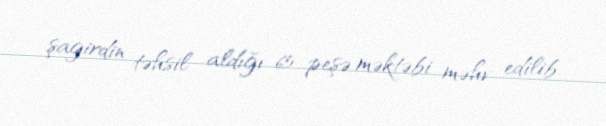
şagirdin təhsil aldığı 65 peşə məktəbi məhv edilib.